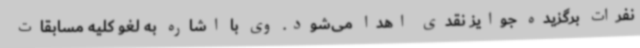
نفرات برگزیده جوایز نقدی اهدا می‌شود. وی با اشاره به لغو کلیه مسابقات